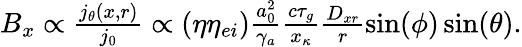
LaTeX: \begin{array}{r}{B_{x}\propto\frac{j_{\theta}(x,r)}{j_{0}}\propto(\eta\eta_{ei})\frac{a_{0}^{2}}{\gamma_{a}}\frac{c\tau_{g}}{x_{\kappa}}\frac{D_{xr}}{r}\sin(\phi)\sin(\theta).}\end{array}